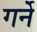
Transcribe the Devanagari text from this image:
गर्ने